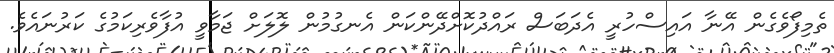
ތެމިފޯވެގެން އޭނާ އައިސްހުރީ އެދަބަސް ރައްދުކޮށްދޭންކަން އެނގުމުން ލޮލަށް ޖަމާވީ އުފާވެރިކަމުގެ ކަރުނައެވެ.